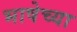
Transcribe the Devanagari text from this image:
भाषेच्‍या